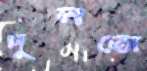
দুলতো